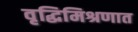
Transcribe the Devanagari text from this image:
वृद्धिमिश्रणात